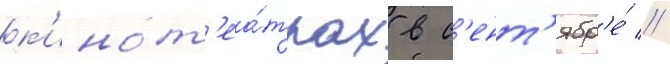
к'инот'еа́трах в с'ент'ябр'е́ //